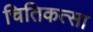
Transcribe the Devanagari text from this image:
चितिकत्सा